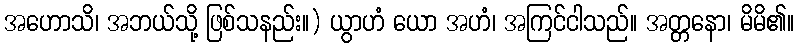
အဟောသိ၊ အဘယ်သို့ ဖြစ်သနည်း။) ယွာဟံ ယော အဟံ၊ အကြင်ငါသည်။ အတ္တနော၊ မိမိ၏။